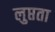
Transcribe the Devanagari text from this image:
लुप्तता